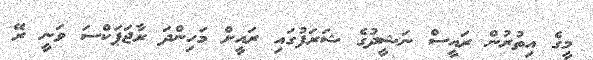
މީގެ އިތުރުން ރައީސް ނަޝީދުގެ ޝަރަފުގައި ރައީށް މަހިންދަ ރާޖަޕަކްސަ ވަނީ ރޭ